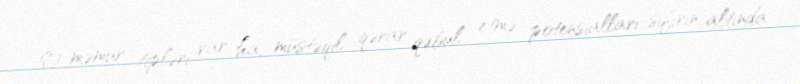
O məmur tipləri var ha, müstəqil qərar qəbul etmə potensialları sıfırın altında